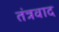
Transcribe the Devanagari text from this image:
तंत्रवाद